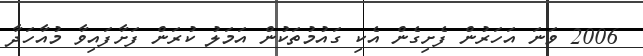
2006 ވަނަ އަހަރުން ފެށިގެން އެކި ގައުމުތަކުން އަމަލު ކުރަން ފަށާފައިވާ މުއާހަދާ